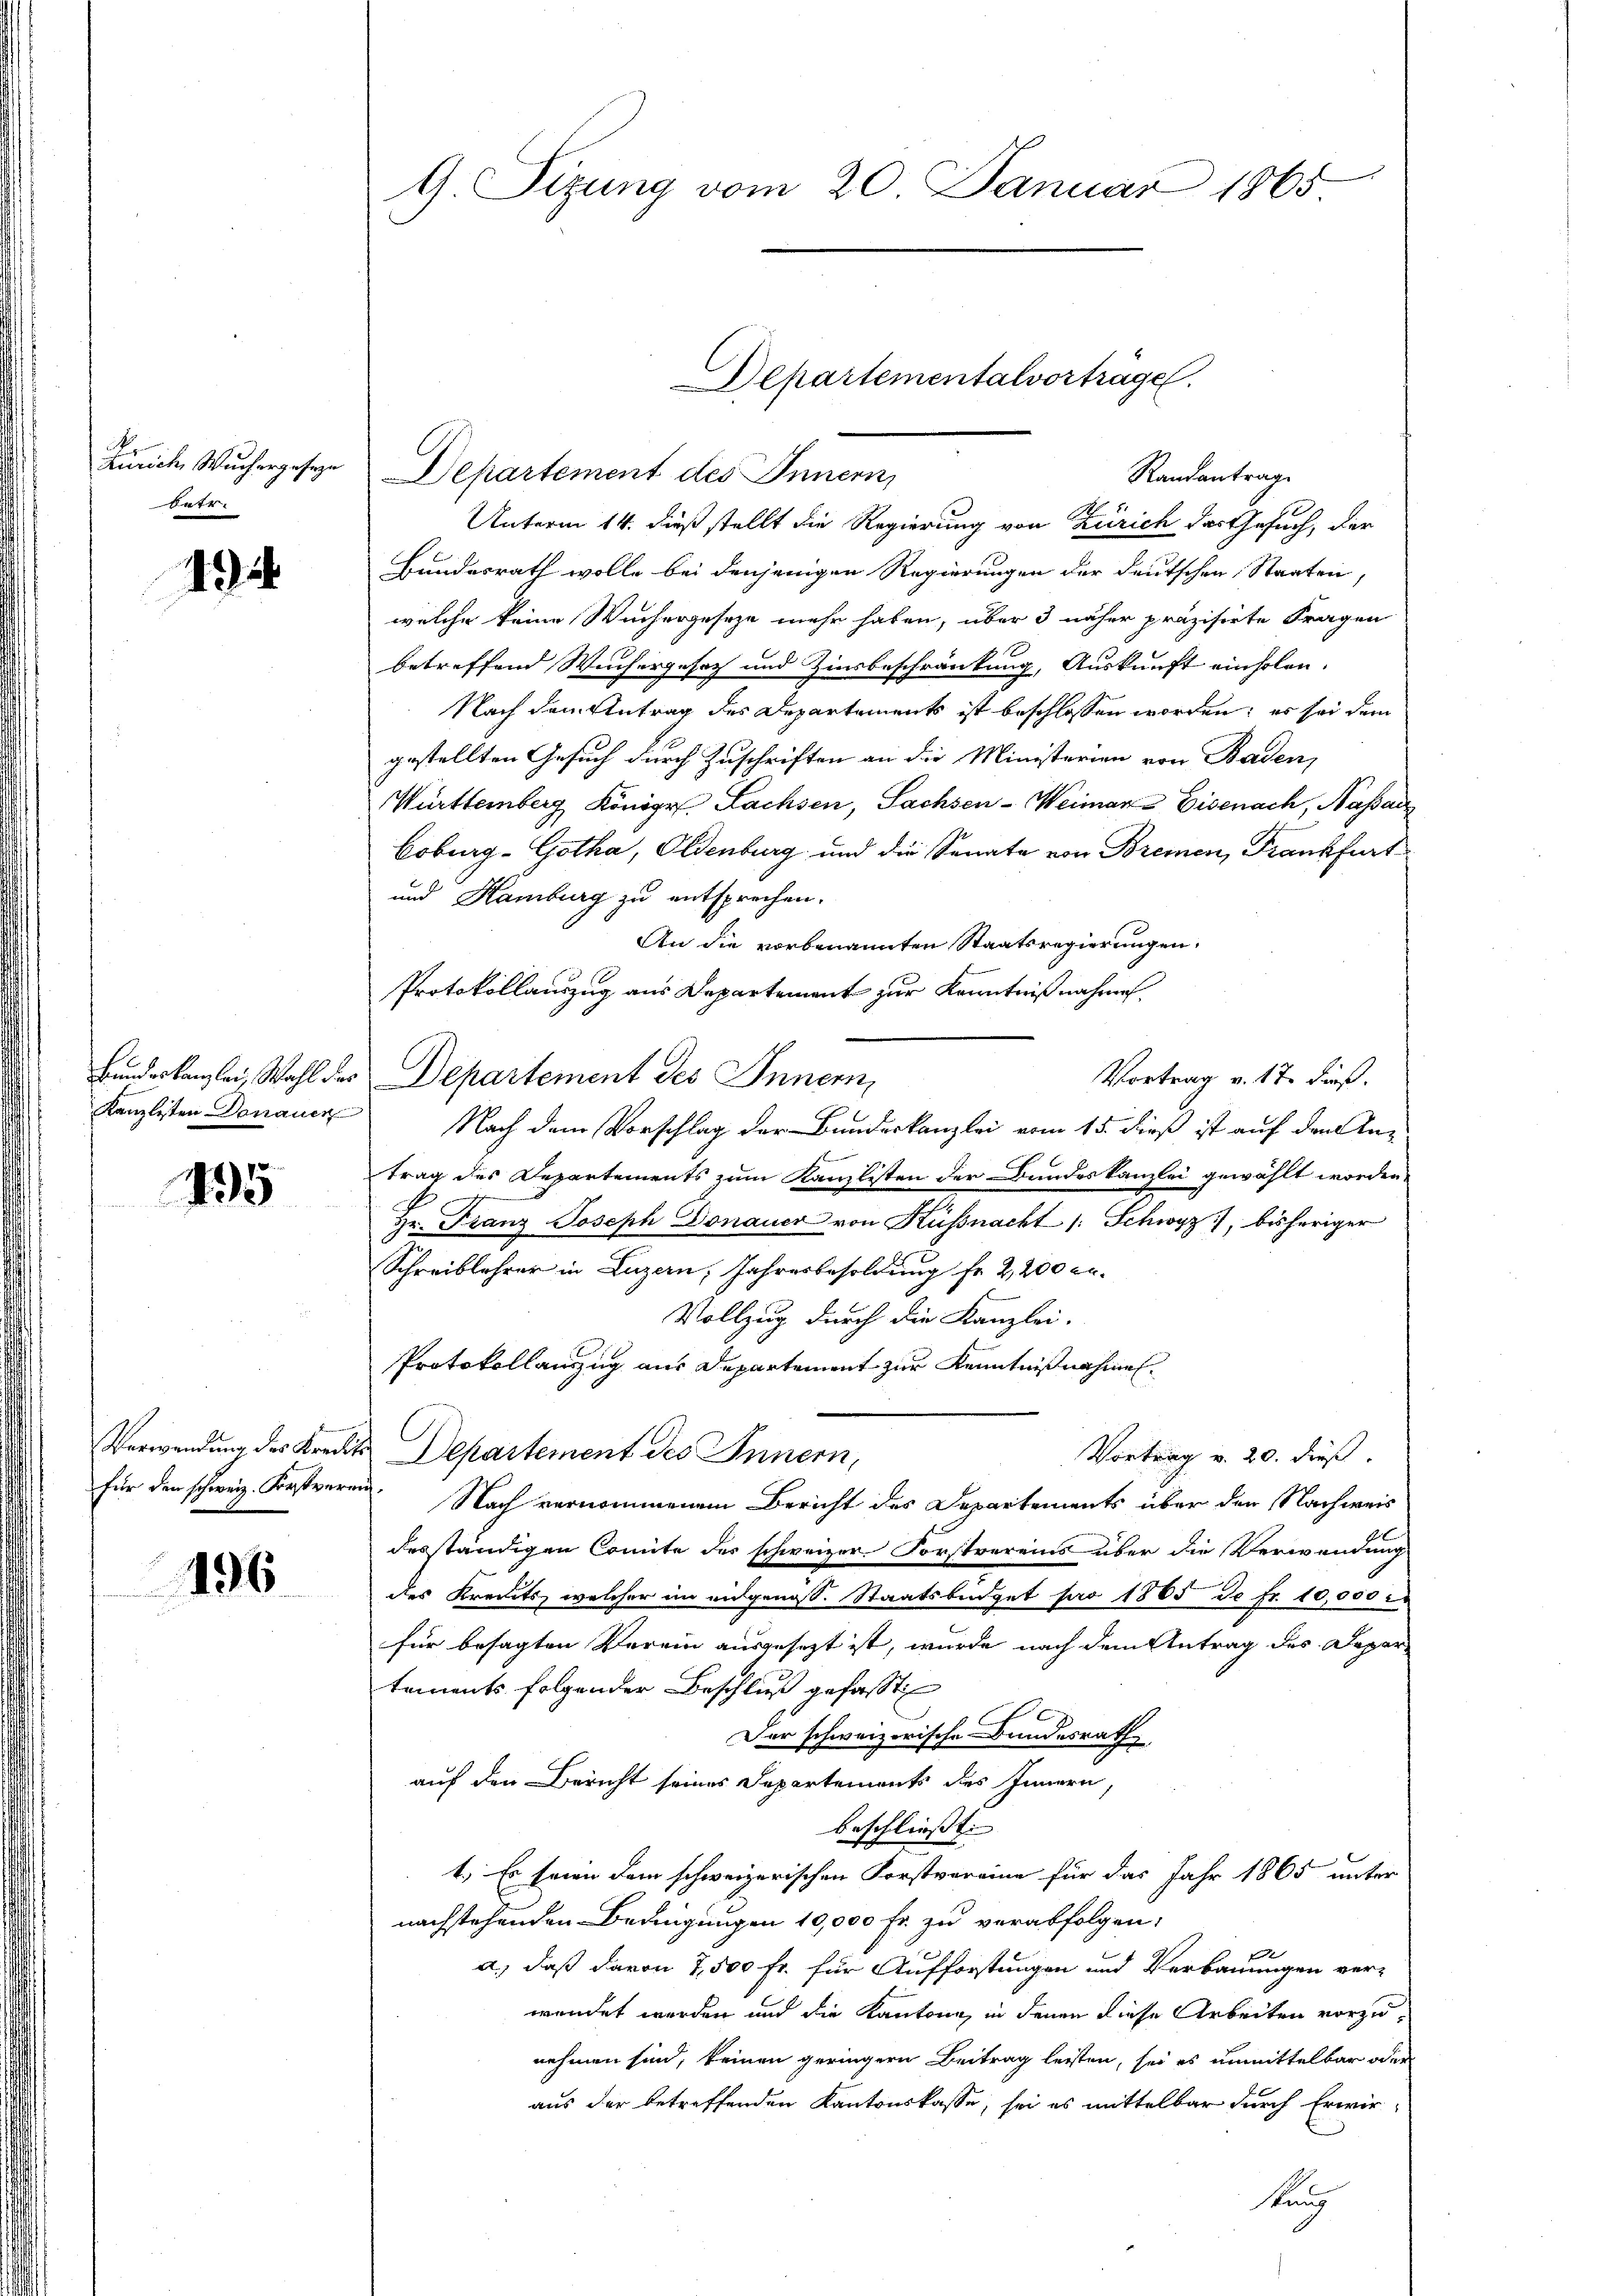
Zürich, Wuchergesetze
betr.

194

Bundeskanzlei Wahl des
Kanzlisten Donauen

495

Verwendung des Kredits
für den schweiz. Forstverein

496.

9 Sizung vom 20. Januar 1865

Bundesrath wolle bei denjenigen Regierungen der deutschen Staaten,
welche keine Wuchergeseze mehr haben, über 3 näher präzisirte Fragen
betreffend Weichergesetz und Zinsbeschränkung, Auskunft einholen.
Nach dem Antrag des Departements ist beschlossen worden; es sei dem
gestellten Gesuch durch Zuschriften an die Ministerien von Baden,
Württemberg Königr. Lachsen, Sachsen-Weimare Eisenach, Nasac
Coburg-Gotha, Oldenburg und die Senate von Bremen, Frankfurt
und Hamburg zu entsprechen.
An die vorbenannten Staatsregierungen,
Protokollauszug aus Departement zur Kenntnißnahme
Vortrag v. 17. dieß.
Departement des Innern,
Nach dem Vorschlag der Bundeskanzlei vom 15. dieß ist auf den Antrag des Departements zum Kanzlisten der Bundeskanzlei gewählt worden.
Hr. Franz Joseph Donauer von Küssnacht /: Schwyz, bisheriger
Schreiblehrer in Luzern, Jahresbesoldung fr. 2,200 r.
Vollzug durch die Kanzlei.
Protokollauszug aus Departement zur Kenntnißnahmen.
Departement des Innern,
Vortrag v. 20. dieß.
Nach vernommenen Bericht des Departements über den Nachweis
desständigen Comite des schweizer Forstvereins über die Verwendung
des Kreits, welcher im eidgenoss. Staatsbüdget pro 1865 de fr. 10,000
für besagten Verein ausgesezt ist, wurde nach dem Antrag des Depar
tements folgender Beschluß gefasst
Der schweizerische Bundesrath
auf den Bericht seines Departements des Innern,
beschließt:
1.) Es seien dem schweizerischen Forstvereine für das Jahr 1865 unter
nachstehenden Bedingungen 10,000 Fr. zu verabfolgen;
e
a.) daß davon 7,500 fr. für Aufforstungen und Verbauungen ver-
wendet werden und die Kantone, in denen diese Arbeiten vorzunehmen sind, keinen geringern Beitrag leisten, sei es unmittelbar oder
aus der betreffenden Kantonskasse, sei es mittelbar durch Erwir-
sung

Departement des Innern,
Randantrage
Unterm 14. dieß stellt die Regierung von Zürich das Gesuch, der

Departementalvortrage